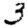
Digit: 3